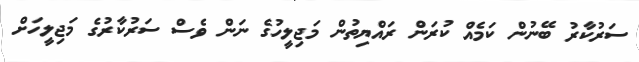
ސަރުކާރު ބޭނުން ކަމެއް ކުރަން ރައްޔިތުން މަޖިލީހުގެ ނަން ވެސް ސަރުކާރުގެ މަޖިލީހަށް